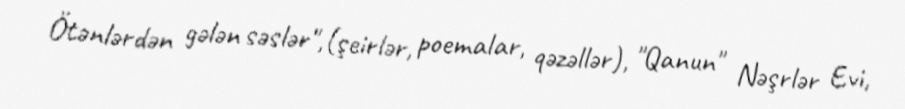
Ötənlərdən gələn səslər",(şeirlər, poemalar, qəzəllər), "Qanun" Nəşrlər Evi,